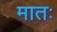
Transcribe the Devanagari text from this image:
मातः